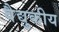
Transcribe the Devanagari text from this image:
वैद्युकीय